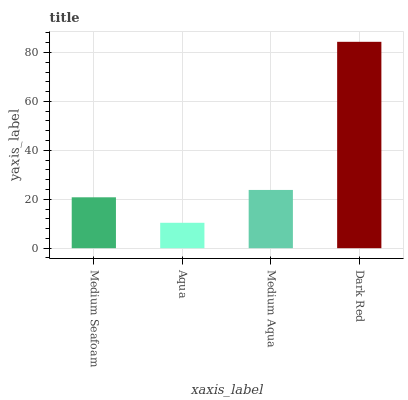
| xaxis_label | bars |
 | --- | --- |
 | Medium Seafoam | 20.8 |
 | Aqua | 10.4 |
 | Medium Aqua | 23.8 |
 | Dark Red | 84.4 |